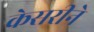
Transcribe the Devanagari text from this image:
केसरीने